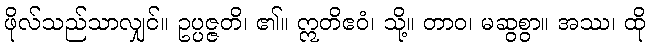
ဖိုလ်သည်သာလျှင်။ ဥပ္ပဇ္ဇတိ၊ ၏။ ဣတိဧဝံ၊ သို့။ တာဝ၊ မဆွစွာ။ အဿ၊ ထို